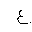
Letter: _ayn